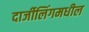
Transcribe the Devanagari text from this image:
दार्जीलिंगमधील